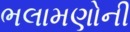
ભલામણોની